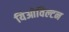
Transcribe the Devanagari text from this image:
यिओविल्टन